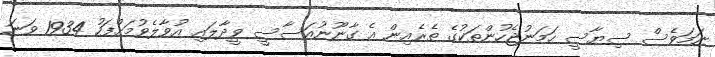
ނަމަވެސް ސިޔާސީ ހަމަނުޖެހުންތަކުގެ ތެރެއިން އެ ގާނޫނުއަސާސީ ވީދާލައި އުވާލެވުމަށްފަހު 1934 ވަނަ